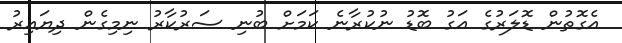
އެގޮތުން ޑޮލަރުގެ އަގު ބޮޑު ނުކުރާނެ ކަމަށް ބުނި ސަރުކާރު ނިމިގެން ދިޔައިރު